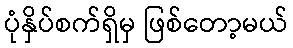
ပုံနှိပ်စက်ရှိမှ ဖြစ်တော့မယ်